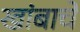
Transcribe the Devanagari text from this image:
खांबाचे